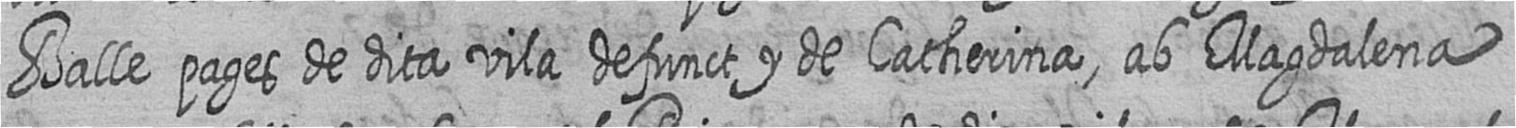
Balle pages de dita vila defunct y de Catherina ab Magdalena